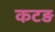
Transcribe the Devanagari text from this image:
कटड़